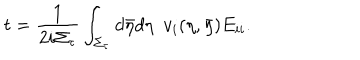
t = \frac { 1 } { 2 i \Sigma _ { \tau } } \int _ { \Sigma _ { \tau } } d \bar { \eta } d \eta ~ ~ v _ { i } ( \eta , \bar { \eta } ) E _ { i i } .